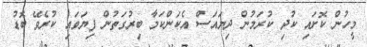
މީހުން ކޮށައި ކުދި ކުރަމުން ދިޔައަސް އެކަންކަމާ ބިރުގަތުން ފިޔަވައި ކުރެވޭ ބޮޑު